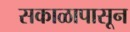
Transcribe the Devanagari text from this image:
सकाळापासून